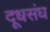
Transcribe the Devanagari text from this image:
दूधसंघ